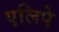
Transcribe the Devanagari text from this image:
एलिपे